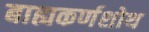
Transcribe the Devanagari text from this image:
बाह्यकर्णशोथ